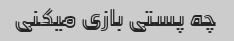
چه پستی بازی میکنی